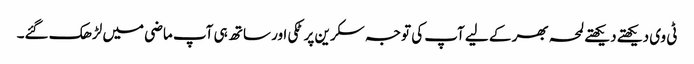
ٹی وی دیکھتے دیکھتے لمحہ بھر کے لیے آپ کی توجہ سکرین پر ٹکی اور ساتھ ہی آپ ماضی میں لڑھک گئے۔